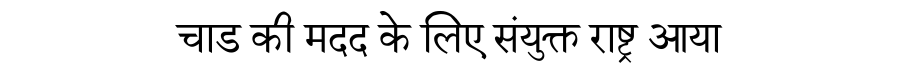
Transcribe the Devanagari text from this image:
चाड की मदद के लिए संयुक्त राष्ट्र आया